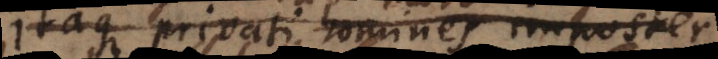
Itaque privati homines imposter